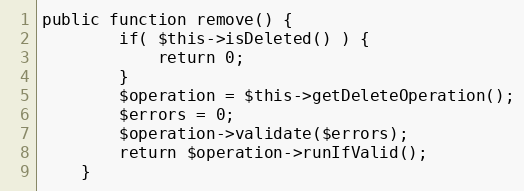
Language: PHP
public function remove() {
		if( $this->isDeleted() ) {
			return 0;
		}
		$operation = $this->getDeleteOperation();
		$errors = 0;
		$operation->validate($errors);
		return $operation->runIfValid();
	}